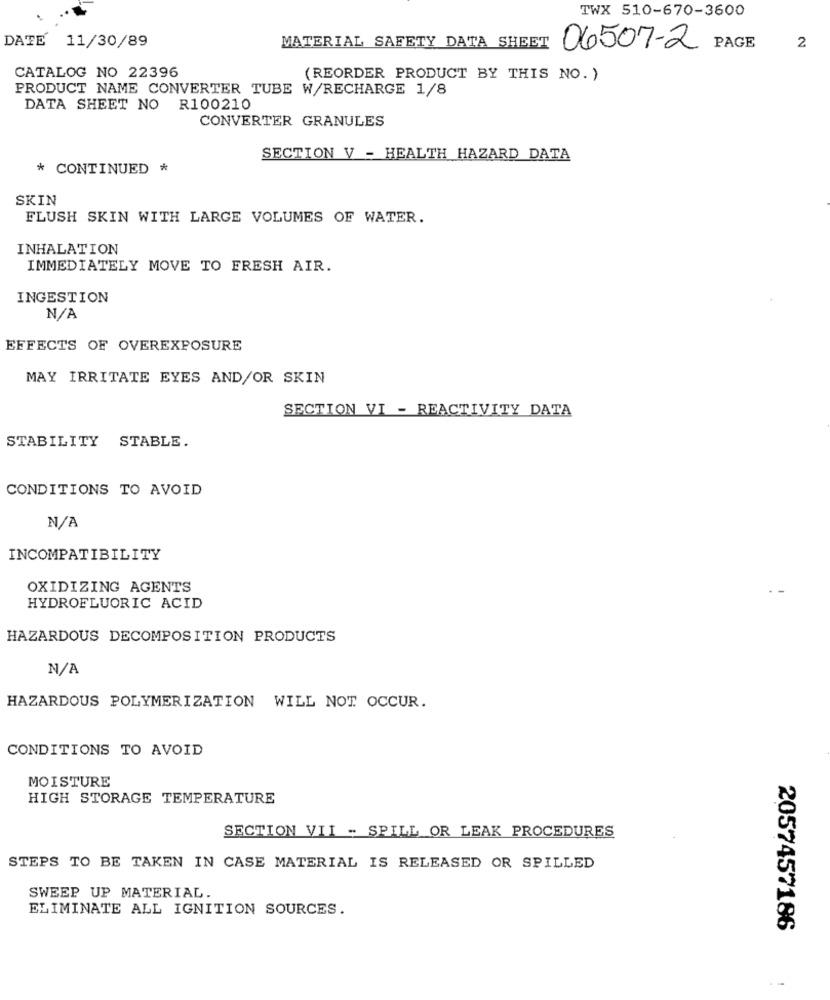
TWX 510-670-3600
DATE 11/30/89
MATERIAL SAFETY DATA SHEET
06507-2
PAGE
2
CATALOG NO 22396
(REORDER PRODUCT BY THIS NO. )
PRODUCT NAME CONVERTER TUBE W/RECHARGE 1/8
DATA SHEET NO R100210
CONVERTER GRANULES
SECTION V - HEALTH HAZARD DATA
* CONTINUED *
SKIN
FLUSH SKIN WITH LARGE VOLUMES OF WATER.
INHALATION
IMMEDIATELY MOVE TO FRESH AIR.
INGESTION
EFFECTS OF OVEREXPOSURE
MAY IRRITATE EYES AND/OR SKIN
SECTION VI - REACTIVITY DATA
STABILITY STABLE.
CONDITIONS TO AVOID
INCOMPATIBILITY
OXIDIZING AGENTS
HYDROFLUORIC ACID
HAZARDOUS DECOMPOSITION PRODUCTS
HAZARDOUS POLYMERIZATION WILL NOT OCCUR.
CONDITIONS TO AVOID
MOISTURE
HIGH STORAGE TEMPERATURE
SECTION VII - SPILL OR LEAK PROCEDURES
STEPS TO BE TAKEN IN CASE MATERIAL IS RELEASED OR SPILLED
SWEEP UP MATERIAL.
ELIMINATE ALL IGNITION SOURCES.
2057457186